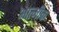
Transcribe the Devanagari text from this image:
आत्मीक